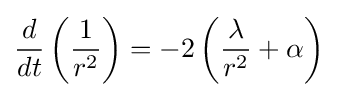
{\frac {d}{dt}}\left({\frac {1}{r^{2}}}\right)=-2\left({\frac {\lambda }{r^{2}}}+\alpha \right)